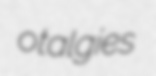
otalgies